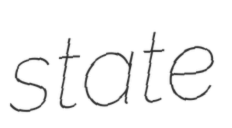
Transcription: state